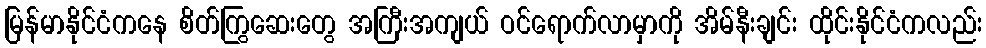
မြန်မာနိုင်ငံကနေ စိတ်ကြွဆေးတွေ အကြီးအကျယ် ဝင်ရောက်လာမှာကို အိမ်နီးချင်း ထိုင်းနိုင်ငံကလည်း